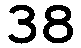
38